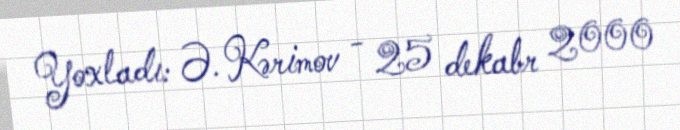
Yoxladı: Ə. Kərimov - 25 dekabr 2000